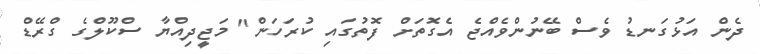
ދެން އަޅުގަނޑު ވެސް ބޭނުންވެއްޖެ އެގޮތަށް ފޮތުގައި ކުރަހަން" މަޖީދިއްޔާ ސްކޫލްގެ ގްރޭޑް